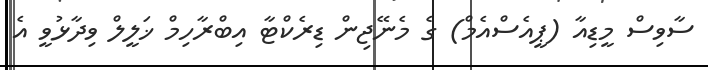
ސާވިސް މީޑިއާ (ޕީއެސްއެމް) ގެ މެނޭޖިން ޑިރެކްޓާ އިބްރާހިމް ޚަލީލް ވިދާޅުވީ އެ